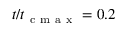
t / t _ { \mathrm { ~ c ~ m ~ a ~ x ~ } } = 0 . 2